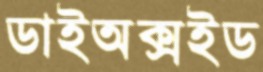
ডাইঅক্সইড